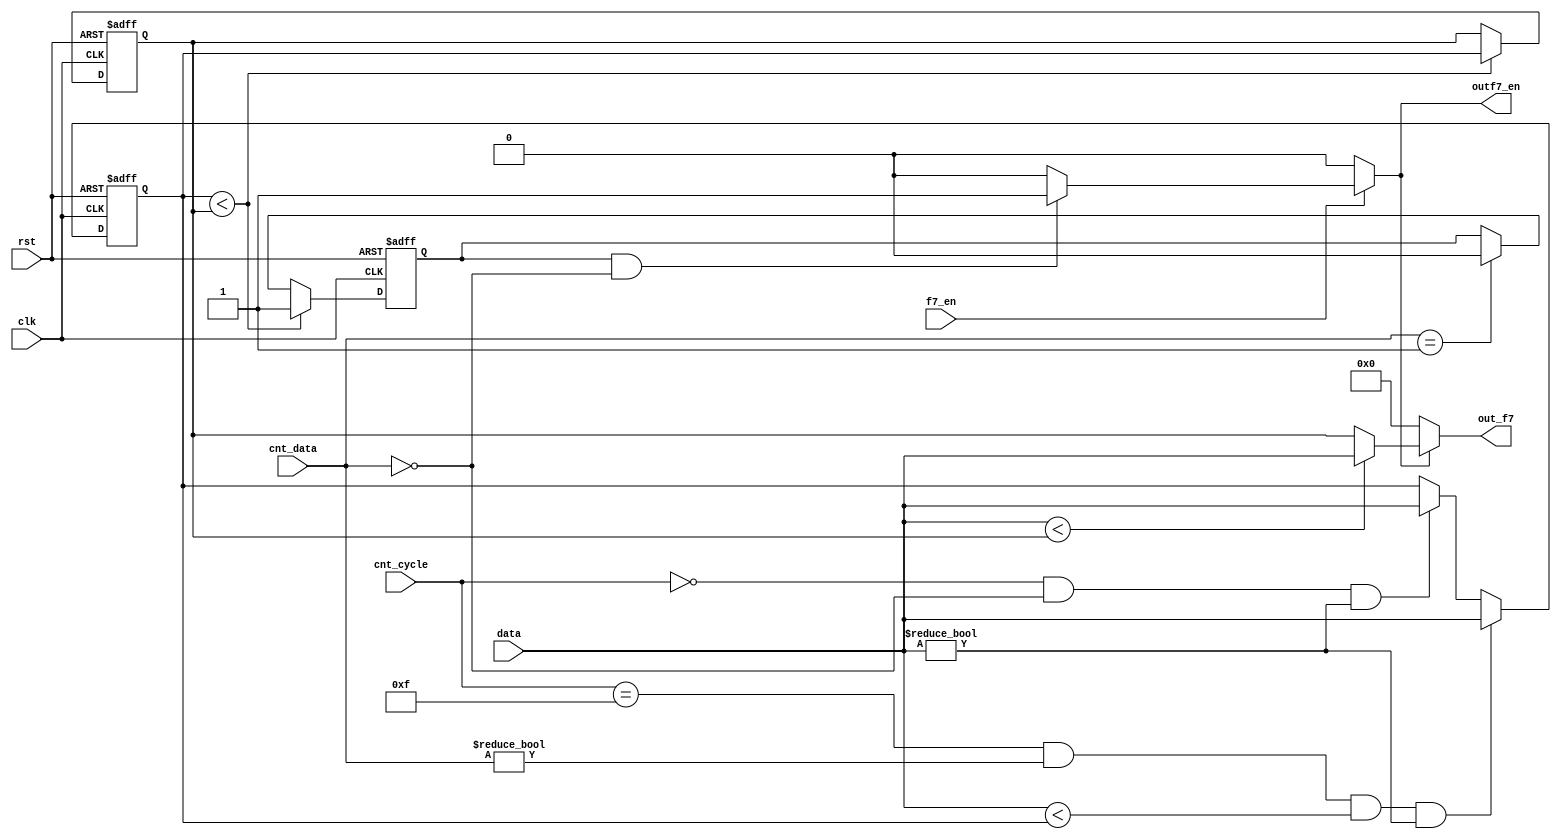
module f7(
        input                   clk,
        input                   rst,
        input                   f7_en,
        input [127:0]           data,
        input [3:0]             cnt_cycle,
        input [2:0]             cnt_data,

        output reg              outf7_en,
        output reg[127:0]       out_f7
        );

        reg [127:0]             buff, buff_pmin;
        reg                     flag;

        always@(posedge clk, posedge rst)begin
                if(rst)
                        buff <= 128'hFFFF_FFFF_FFFF_FFFF_FFFF_FFFF_FFFF_FFFF;
                else if((cnt_cycle == 4'd15) && (cnt_data != 3'd0) && (data < buff) && (data != 128'b0))
                        buff <= data;
                else if((cnt_cycle == 4'd0) && (cnt_data == 3'd0) && (data != 128'b0))  // flush buffer.                
                        buff <= data;

        end
        always@(posedge clk, posedge rst)begin
                if(rst)begin
                        buff_pmin <= 128'hFFFF_FFFF_FFFF_FFFF_FFFF_FFFF_FFFF_FFFF;
                        flag <= 1'b0;
                end
                else if(/*(cnt_cycle == 4'd15) &&*/(buff < buff_pmin))begin
                        buff_pmin <= buff;
                        flag <= 1'b1;
                end
                else if(cnt_data == 3'd1)
                        flag <= 1'b0;

        end

        always@*begin
                if(f7_en)begin
                        if(flag && (cnt_data == 3'd0))
                                outf7_en = 1'b1;
                        else
                                outf7_en = 1'b0;
                end
                else
                        outf7_en = 1'b0;
        end
        always@*begin
                if(outf7_en)
                        out_f7 = (data<buff_pmin)? data:buff_pmin;    //buff_pmin;
                else
                        out_f7 = 128'b0;
        end
endmodule